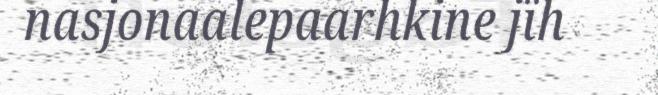
nasjonaalepaarhkine jïh